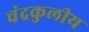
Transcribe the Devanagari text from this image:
चंद्रकुलीय